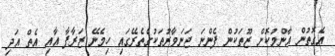
އެގޮތުން އާންމުކޮށް ޒޫތަކުން ފެންނަ ޖަނަވާރުތަކުގެތެރޭގައި ހިމެނޭ ޒަރާފާ އާއި އެތް އަދި